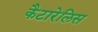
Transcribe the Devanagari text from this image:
कैटारेलिस